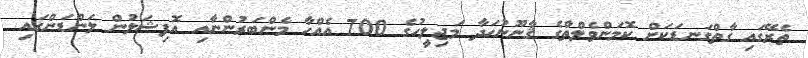
ތެރޭގައި ގާތްގަނޑަކަށް ކޮމަންވެލްތްގެ ޤާނޫނުހަދާ މަޖިލީހުގެ 700 އެއްހާ މެންބަރުންނާއި އޮފިޝަލުން ލަންޑަންގައި